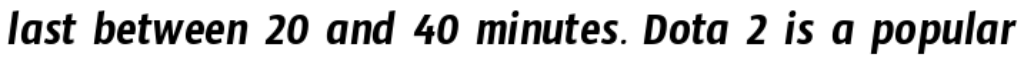
last between 20 and 40 minutes. Dota 2 is a popular